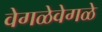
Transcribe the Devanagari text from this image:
वेगळेवेगळे